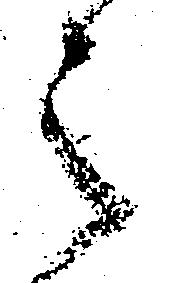
之